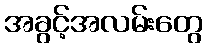
အခွင့်အလမ်းတွေ